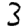
Digit: 3